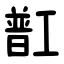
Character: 㠮